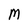
Character: M